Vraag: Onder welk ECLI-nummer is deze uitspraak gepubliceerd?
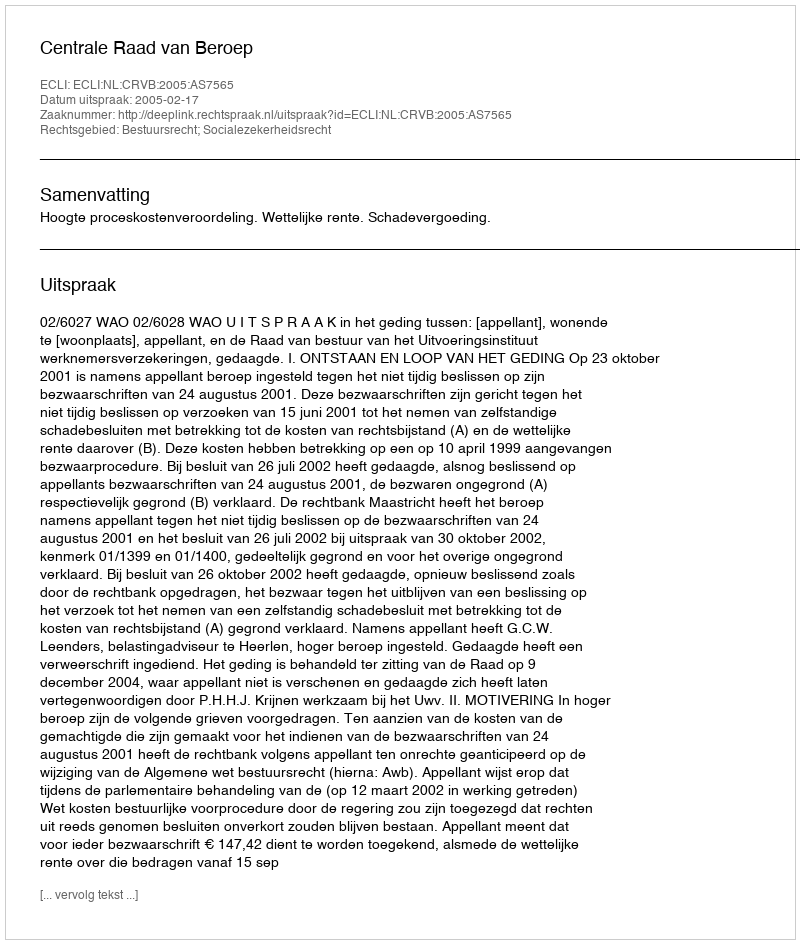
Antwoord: ECLI:NL:CRVB:2005:AS7565